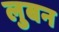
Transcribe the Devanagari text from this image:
लुबन